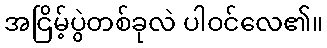
အငြိမ့်ပွဲတစ်ခုလဲ ပါဝင်လေ၏။